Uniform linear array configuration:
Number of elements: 16
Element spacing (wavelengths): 0.75
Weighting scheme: blackman
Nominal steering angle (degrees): -60
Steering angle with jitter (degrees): -58.547
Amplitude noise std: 0.05
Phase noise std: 0.05

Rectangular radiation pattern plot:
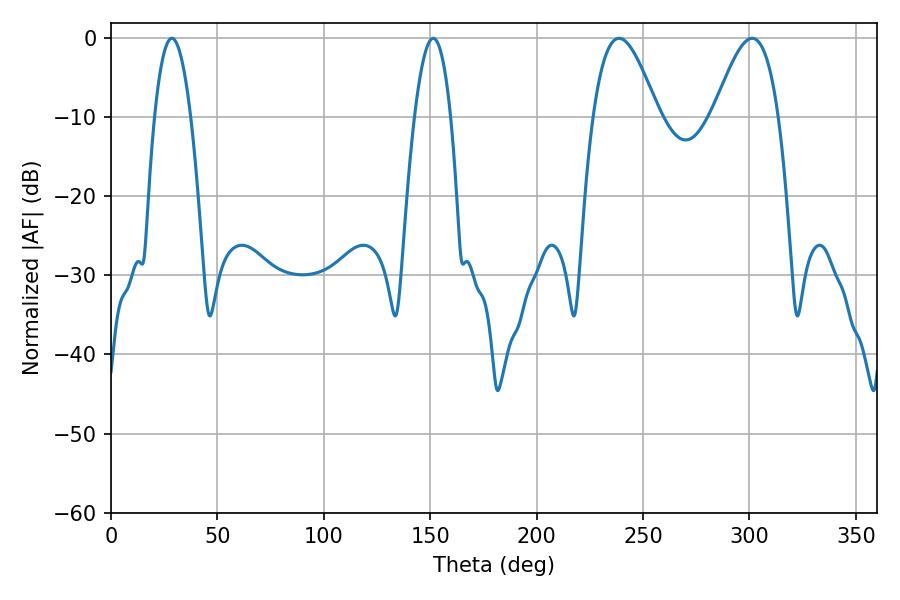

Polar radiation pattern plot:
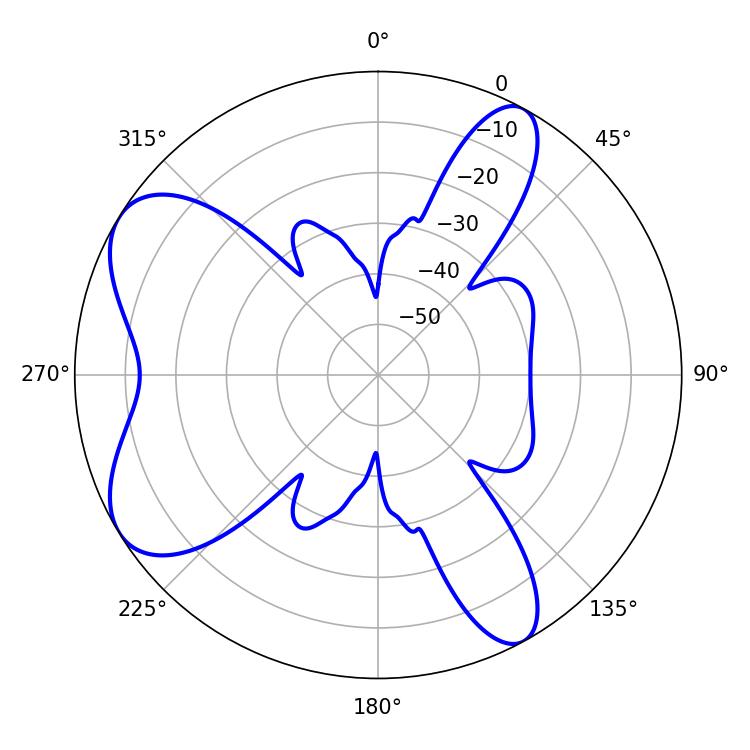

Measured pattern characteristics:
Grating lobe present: TRUE
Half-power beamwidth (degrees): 9.36
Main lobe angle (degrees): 28.62